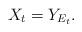
LaTeX: \begin{align*} X_t=Y_{E_t}.\end{align*}